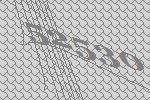
52530